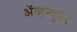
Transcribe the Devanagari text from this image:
ॲव्हन्यूवर